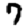
Digit: 7